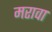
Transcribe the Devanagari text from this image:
मरावा